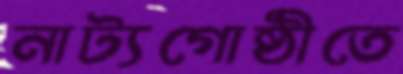
নাট্যগোষ্ঠীতে